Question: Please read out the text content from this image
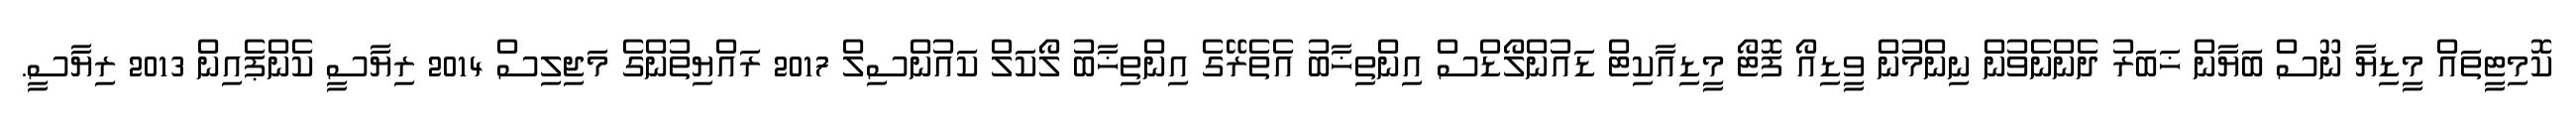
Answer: ކޮމިޓީތައް މީޑިޔާ ނޫސް ބަޔާން ޚަބަރު ދެންނެވުން ނިންމުން ވީޑިއޯ ފޮޓޯ މީޑިއާކިޓް ޑައުންލޯޑްސް އިންތިޚާބު އެތެރޭގެ އިންތިޚާބު ލޯކަލް ކައުންސިލް 2017 ރައްޔިތުންގެ މަޖިލިސް 2014 ރިޔާސީ ކެންޕެއިން 2013 ރިޔާސީ.